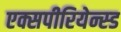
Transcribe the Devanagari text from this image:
एक्सपीरियेन्स्ड